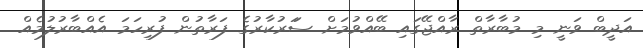
އަދީބް ވަނީ މި މުބާރާތް ރާއްޖޭގައި ބޭއްވުމަށް ސަަރުކާރުގެ ފަރާތުން ފުރިހަމަ އެއްބާރުލުމެއްް